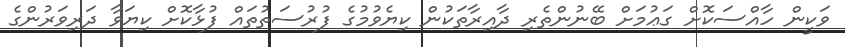
ވަކީން ހާއްސަކޮށް ގަޢުމަށް ބޭނުންތެރި ދާއިރާތަކުން ކިޔެވުމުގެ ފުރުސަތުތައް ފުޅާކޮށް ކިޔަވާ ދަރިވަރުންގެ